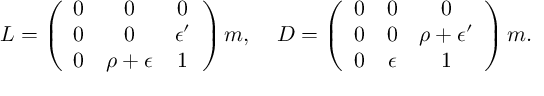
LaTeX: L = \left( \begin{array} { c c c } { { 0 } } & { { 0 } } & { { 0 } } \\ { { 0 } } & { { 0 } } & { { \epsilon ^ { \prime } } } \\ { { 0 } } & { { \rho + \epsilon } } & { { 1 } } \end{array} \right) m , \; \; \; \; D = \left( \begin{array} { c c c } { { 0 } } & { { 0 } } & { { 0 } } \\ { { 0 } } & { { 0 } } & { { \rho + \epsilon ^ { \prime } } } \\ { { 0 } } & { { \epsilon } } & { { 1 } } \end{array} \right) m .